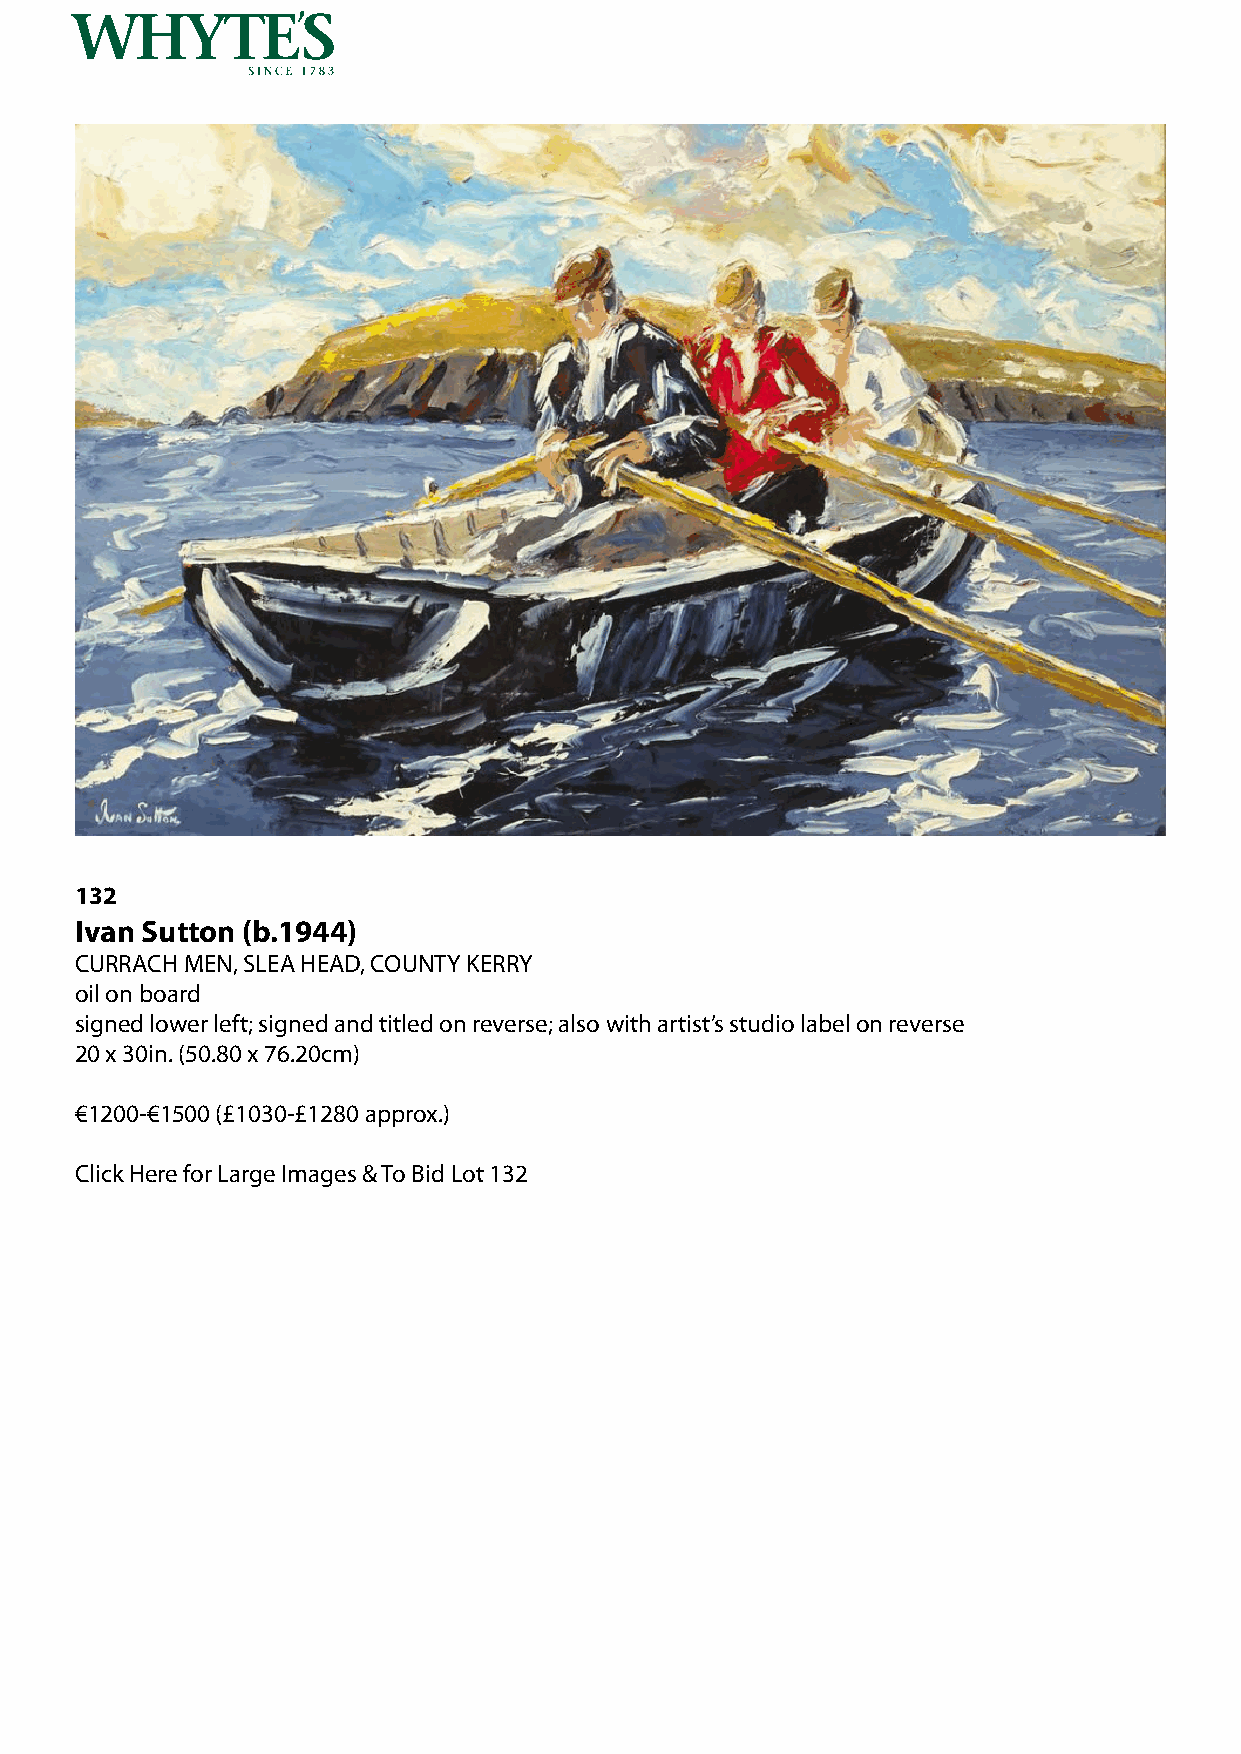
132
 Ivan Sutton (b.1944)
 CURRACH MEN, SLEA HEAD, COUNTY KERRY
 oil on board
 signed lower left; signed and titled on reverse; also with artist’s studio label on reverse
 20 x 30in. (50.80 x 76.20cm)
 €1200-€1500 (£1030-£1280 approx.)
 Click Here for Large Images & To Bid Lot 132